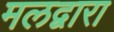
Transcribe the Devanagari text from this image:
मलद्वारा